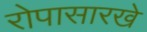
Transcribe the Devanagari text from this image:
रोपासारखे